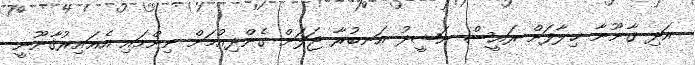
އަދި ޤާނޫނާ ޚިލާފަށް ރައީސް ނަޝީދު އަނބުރާ ޖަލަށް ގެންދިއުމަށް ނިންމައި އެޣައިރުޤާނޫނީ